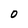
Character: 0